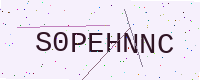
Text: S0PEHNNC